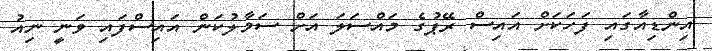
އިންޑިއާގައި ފަހަކަށް އައިސް ރޭޕުގެ މައްސަލަ އަށް ސަމާލުކަން އައިސްފައި ވަނީ ނިއު